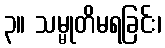
၃။ သမ္မုတိမရခြင်း၊